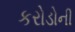
કરોડોની